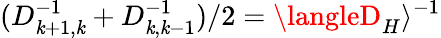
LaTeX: (D_{\mathit{k}+1,\mathit{k}}^{-1}+D_{\mathit{k},\mathit{k}-1}^{-1})/2=\langleD_{H}\rangle^{-1}